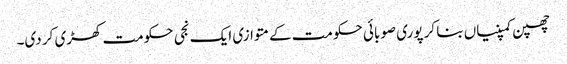
چھپن کمپنیاں بنا کر پوری صوبائی حکومت کے متوازی ایک نجی حکومت کھڑی کر دی۔